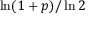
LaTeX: \ln ( 1 + p ) / \ln 2